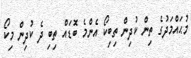
މުޙައްމަދުގެ ތިން ކުދިން ތިބިކޯ އެންމެ ބޮޑައް ތިބި ދެ ކުދިން މިކޯ